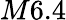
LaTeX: M6.4